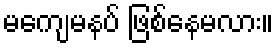
မကျေမနပ် ဖြစ်နေမလား။